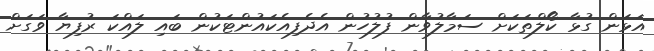
އަޅަން ގުޅާ ކޯލްތަކަށް ސަމާލުވާން ފުލުހުން އެދެފިއެކައުންޓަކުން ބައި ލައްކަ ރުފިޔާ ވަގަށް